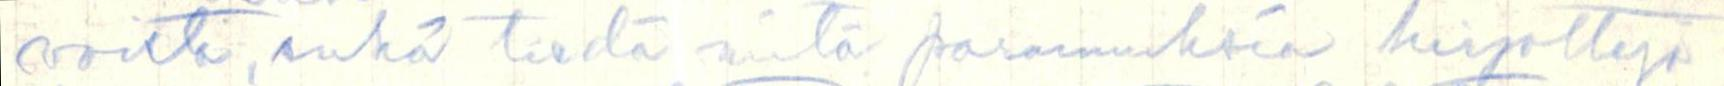
voista, enkä tiedä mitä parannuksia kirjoittaja